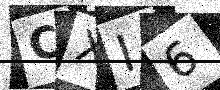
Text: CXI6